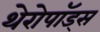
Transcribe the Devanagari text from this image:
थेरोपॉड्स